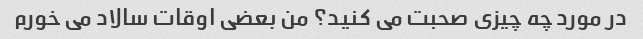
در مورد چه چیزی صحبت می کنید؟ من بعضی اوقات سالاد می خورم